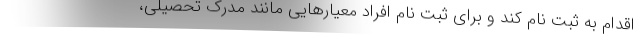
اقدام به ثبت نام کند و برای ثبت نام افراد معیارهایی مانند مدرک تحصیلی،